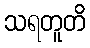
သရတူတိ